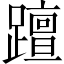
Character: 𨆁